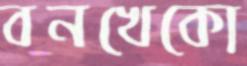
বনখেকো